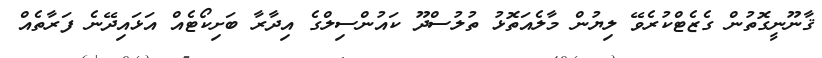
ޤާނޫނީގޮތުން ގެޒެޓްކުރެވޭ ލިޔުން މާލެއަތޮޅު ތުލުސްދޫ ކައުންސިލްގެ އިދާރާ ބަށިކޯޓެއް އަޅައިދޭނެ ފަރާތެއް